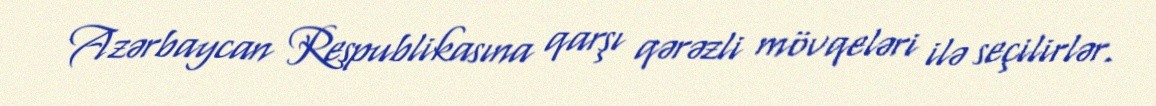
Azərbaycan Respublikasına qarşı qərəzli mövqeləri ilə seçilirlər.